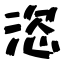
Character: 恣